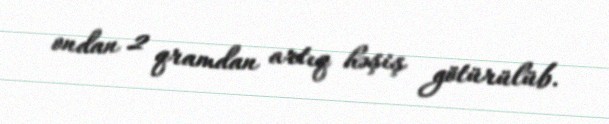
ondan 2 qramdan artıq həşiş götürülüb.